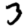
Digit: 3